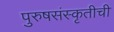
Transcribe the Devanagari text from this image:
पुरुषसंस्कृतीची